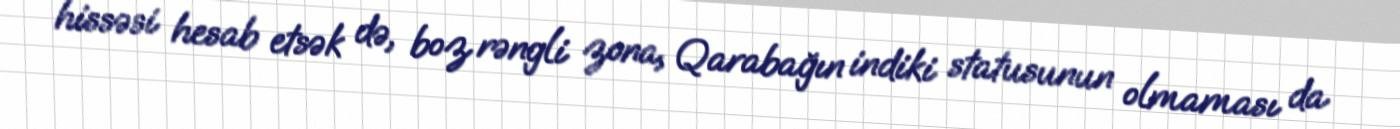
hissəsi hesab etsək də, boz rəngli zona, Qarabağın indiki statusunun olmaması da